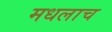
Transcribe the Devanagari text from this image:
मधलाच